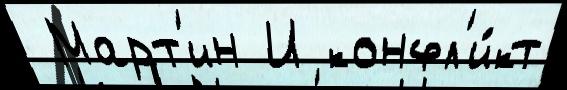
 Март'ин И конфл'и́кт